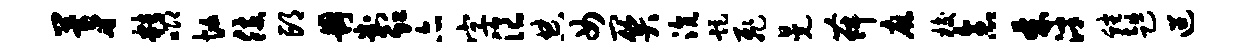
茅精唧忙肢邙冉判虹亦字浪典女关沆距飞晃舞麻梭念棘泮蟠趄迢